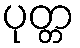
ပုတ္တ